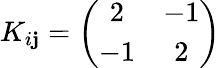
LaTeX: K_{i\mathbf{j}}=\left(\begin{array}{cc}{{2}}&{{-1}}\\ {{-1}}&{{2}}\end{array}\right)